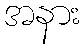
အနား